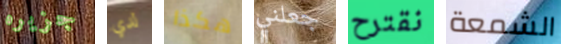
جزيره لدي هكذا جعلني نقترح الشمعة